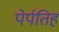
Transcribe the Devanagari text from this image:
पेर्पतिह